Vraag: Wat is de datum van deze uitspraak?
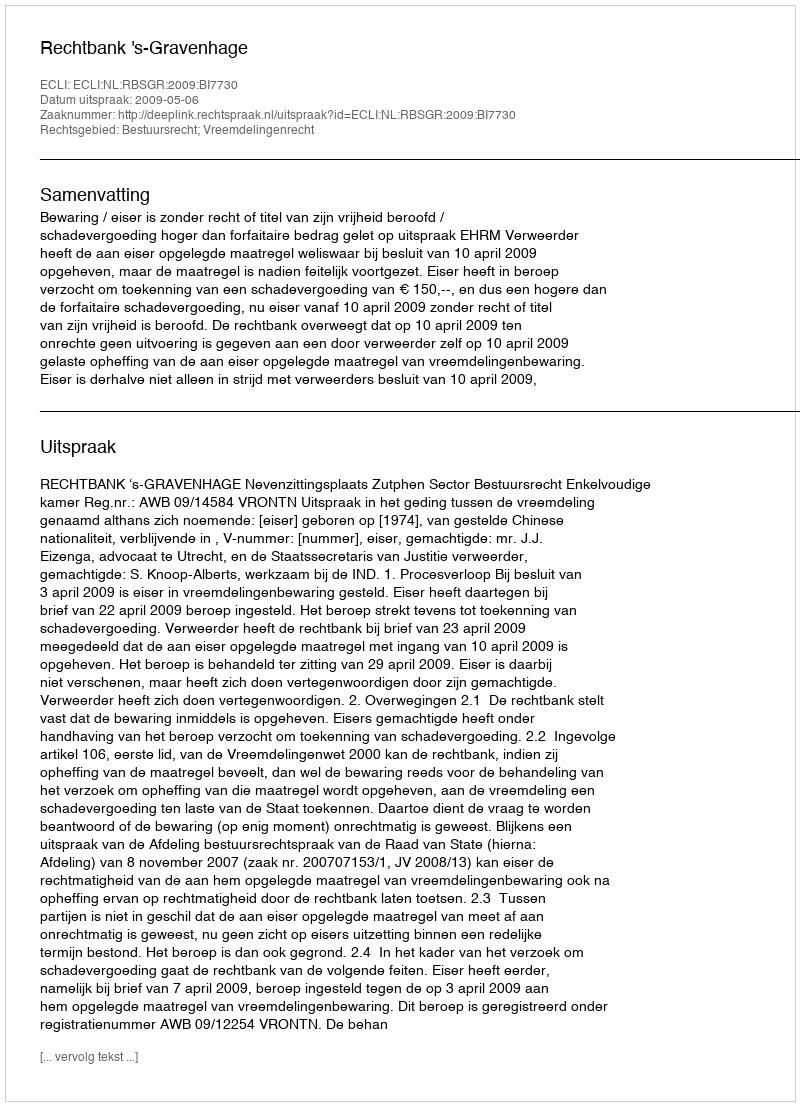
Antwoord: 2009-05-06